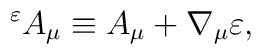
{ }^{\varepsilon}A_{\mu} \equiv A_{\mu}+\nabla_{\mu} \varepsilon ,